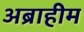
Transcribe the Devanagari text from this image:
अब्राहीम